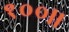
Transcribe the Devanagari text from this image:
१००।।